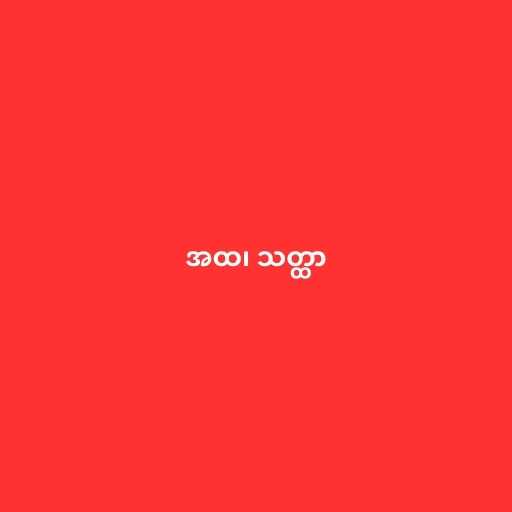
အထ၊ သတ္ထာ